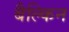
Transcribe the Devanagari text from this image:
बैल्किन